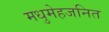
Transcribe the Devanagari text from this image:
मधुमेहजनित